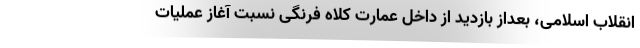
انقلاب اسلامی، بعداز بازدید از داخل عمارت کلاه فرنگی نسبت آغاز عملیات